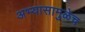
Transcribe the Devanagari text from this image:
अभ्यासामुळेच